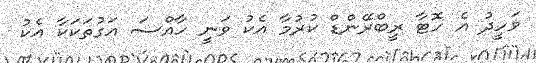
ވަހީދު އެ ހޮޓާ ރީބްރޭންޑް ކުރުމާ އެކު ވަނީ ހާއްސަ އަގުތަކަކާ އެކު